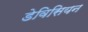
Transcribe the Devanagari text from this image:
डेविसियन